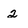
Character: 2